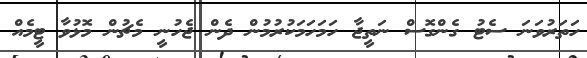
ހަތަރުވަނަ ސެޓު ގެންގޮސް ނަތީޖާ ހަމަހަމަކުރުމުން ދެން ޖެހުނީ މެޗުން މޮޅުވާ ޓީމެއް